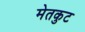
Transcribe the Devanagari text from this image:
मेतकुट